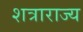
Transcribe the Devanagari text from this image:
शत्राराज्य